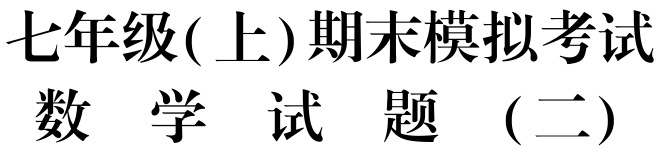
七年级( 上)期末模拟考试

数 学 试 题 （二）